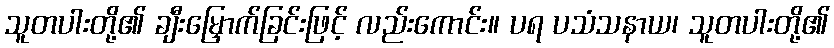
သူတပါးတို့၏ ချီးမြှောက်ခြင်းဖြင့် လည်းကောင်း။ ပရ ပသံသနာယ၊ သူတပါးတို့၏